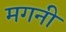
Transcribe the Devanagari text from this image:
मगनी